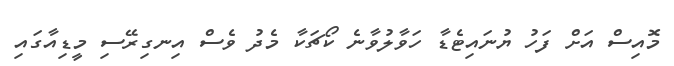
މޮއިސް އަށް ފަހު ޔުނައިޓެޑާ ހަވާލުވާނެ ކޯޗަކާ މެދު ވެސް އިނގިރޭސި މީޑިއާގައި